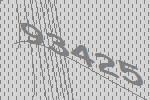
93425